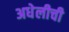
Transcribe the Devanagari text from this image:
अधेलीची